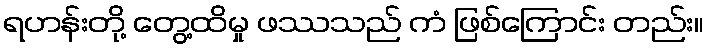
ရဟန်းတို့ တွေ့ထိမှု ဖဿသည် ကံ ဖြစ်ကြောင်း တည်း။